Indian journal of veterinary science and animal husbandry - Volume 8,
Year: 1938
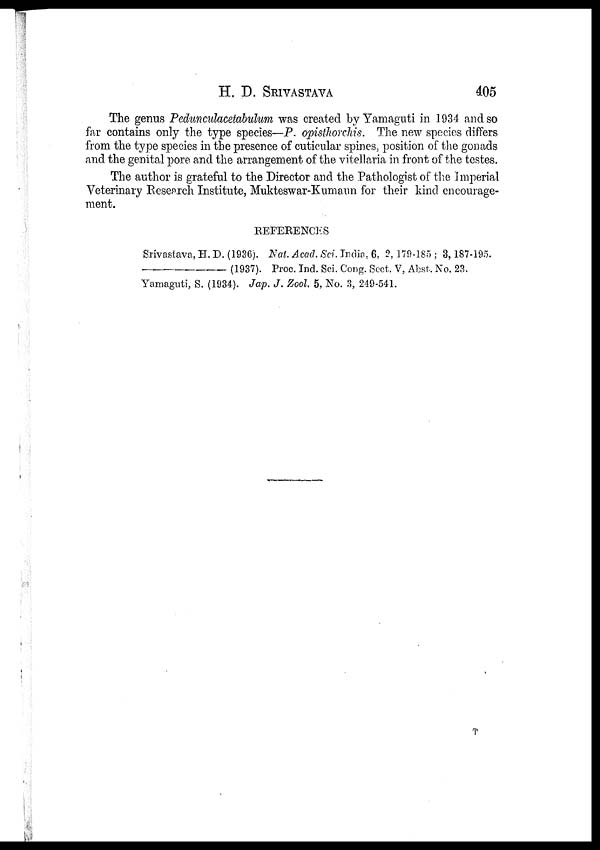
H. D.
SRIVASTAVA
405
The genus Pedunculacetabulum was created by Yamaguti in 1934 and so
far contains only the type species—P. opisthorchis. The new species differs
from the type species in the presence of cuticular spines, position of the gonads
and the genital pore and the arrangement of the vitellaria in front of the testes.
The author is grateful to the Director and the Pathologist of the Imperial
Veterinary Research Institute, Mukteswar-Kumaun for their kind encourage-
ment.
REFERENCES
Srivastava, H. D. (1936). Nat. Acad. Sci. India, 6, 2, 179-185; 3,187-195.
—(1937).
Proc. Ind. Sci. Cong. Sect. V, Abst. No. 23.
Yamaguti, S. (1934). Jap. J. Zool. 5, No. 3, 249-541.